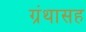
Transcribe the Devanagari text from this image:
ग्रंथासह